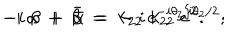
- i ~ \alpha ~ + ~ \bar { \beta } ~ = ~ - i ~ k _ { 2 2 } ~ e ^ { i \theta _ { 2 } / 2 } ; \hspace { . 5 i n } - i ~ \beta ~ + ~ \bar { \alpha } ~ = ~ k _ { 2 2 } ~ e ^ { - i \theta _ { 2 } / 2 } .